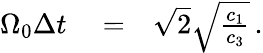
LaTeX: \begin{array}{rlr}{\Omega_{0}\Delta{t}}&{{}=}&{\sqrt{2}\sqrt{\frac{c_{1}}{c_{3}}}\, .}\end{array}